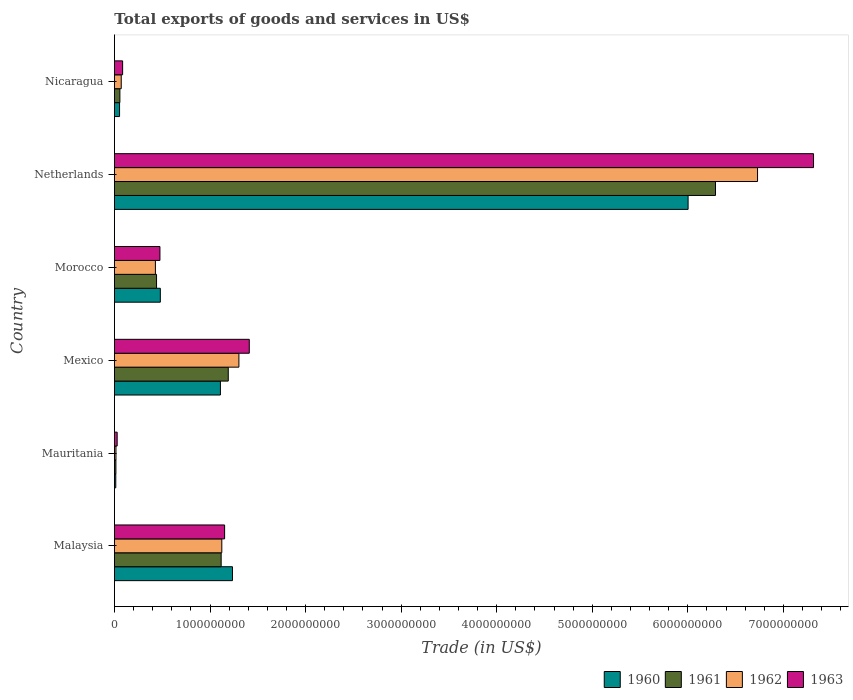
| Country | 1960 | 1961 | 1962 | 1963 |
 | --- | --- | --- | --- | --- |
 | Malaysia | 1.24e+09 | 1.12e+09 | 1.12e+09 | 1.15e+09 |
 | Mauritania | 1.41e+07 | 1.54e+07 | 1.62e+07 | 2.87e+07 |
 | Mexico | 1.11e+09 | 1.19e+09 | 1.3e+09 | 1.41e+09 |
 | Morocco | 4.8e+08 | 4.41e+08 | 4.29e+08 | 4.76e+08 |
 | Netherlands | 6e+09 | 6.29e+09 | 6.73e+09 | 7.32e+09 |
 | Nicaragua | 5.37e+07 | 5.71e+07 | 7.12e+07 | 8.57e+07 |